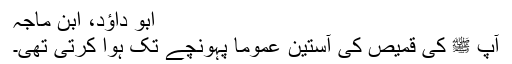
ابو داؤد، ابن ماجہ
آپ ﷺ کی قمیص کی آستین عموماً پہونچے تک ہوا کرتی تھی۔